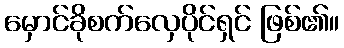
မှောင်ခိုစက်လှေပိုင်ရှင် ဖြစ်၏။